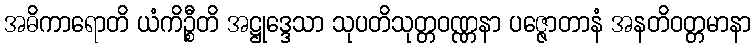
အဓိကာရောတိ ယံကိဉ္စီတိ အဋ္ဌုဒ္ဒေသာ သုပတိသုတ္တဝဏ္ဏနာ ပဇ္ဇောတာနံ အနတိဝတ္တမာနာ